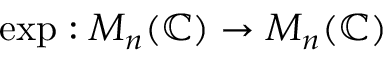
\exp : M _ { n } ( \mathbb { C } ) \to M _ { n } ( \mathbb { C } )